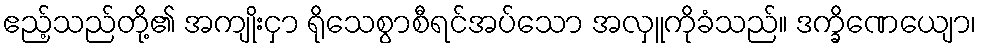
ဧည့်သည်တို့၏ အကျိုးငှာ ရိုသေစွာစီရင်အပ်သော အလှူကိုခံသည်။ ဒက္ခိဏေယျော၊